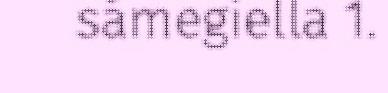
sámegiella 1.